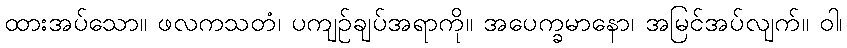
ထားအပ်သော။ ဖလကသတံ၊ ပကျဉ်ချပ်အရာကို။ အပေက္ခမာနော၊ အမြင်အပ်လျက်။ ဝါ၊